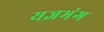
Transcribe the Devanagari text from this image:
यज्ञभंग